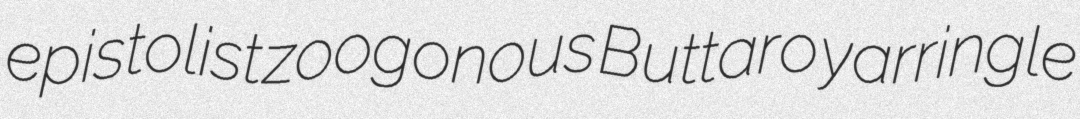
epistolist zoogonous Buttaro yarringle